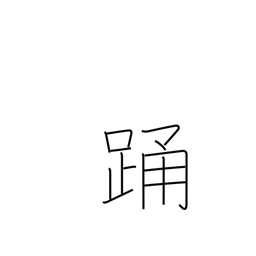
Meaning: jump